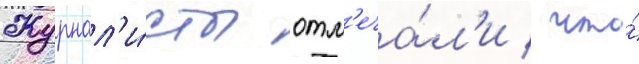
Журнал'и́сты отм'еча́л'и / что́